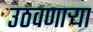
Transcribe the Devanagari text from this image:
उठवणाऱ्या